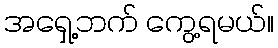
အရှေ့ဘက် ကွေ့ရမယ်။